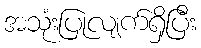
အသုံးပြုလျက်ရှိပြီး